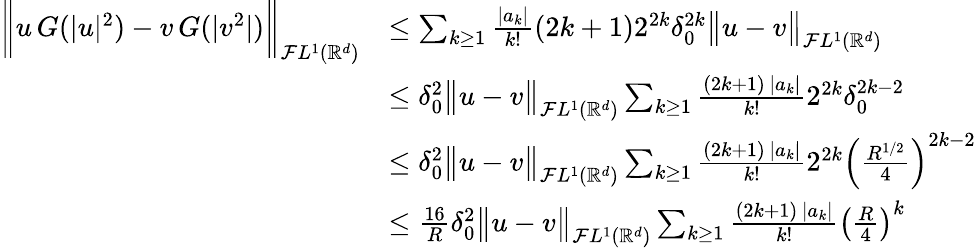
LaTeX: \begin{array}{rl}{\bigg\Vert u\, G(|u|^{2})-v\, G(|v^{2}|)\bigg\Vert_{\mathcal{F}L^{1}({\mathbb{R}}^{d})}}&{\le\sum_{k\ge 1}\frac{|a_{k}|}{k!}(2k+1)2^{2k}\delta_{0}^{2k}\big\Vert u-v\big\Vert_{\mathcal{F}L^{1}({\mathbb{R}}^{d})}}\\ &{\le\delta_{0}^{2}\big\Vert u-v\big\Vert_{\mathcal{F}L^{1}({\mathbb{R}}^{d})}\sum_{k\ge 1}\frac{(2k+1)\, |a_{k}|}{k!}2^{2k}\delta_{0}^{2k-2}}\\ &{\le\delta_{0}^{2}\big\Vert u-v\big\Vert_{\mathcal{F}L^{1}({\mathbb{R}}^{d})}\sum_{k\ge 1}\frac{(2k+1)\, |a_{k}|}{k!}2^{2k}\left(\frac{R^{1/2}}{4}\right)^{2k-2}}\\ &{\le\frac{16}{R}\delta_{0}^{2}\big\Vert u-v\big\Vert_{\mathcal{F}L^{1}({\mathbb{R}}^{d})}\sum_{k\ge 1}\frac{(2k+1)\, |a_{k}|}{k!}\left(\frac{R}{4}\right)^{k}}\end{array}